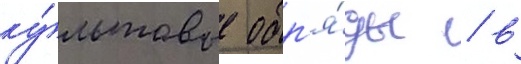
ку́льтовые обр'я́ды / в